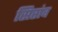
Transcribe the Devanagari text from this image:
सिरांव